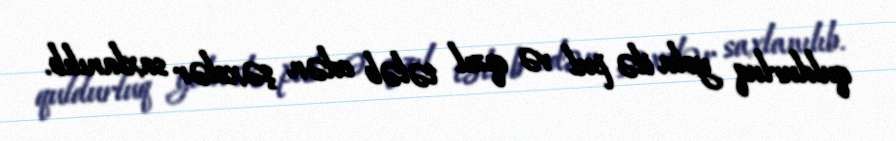
quldurluq yolu ilə pul və qızıl tələb edən şəxslər saxlanılıb.